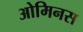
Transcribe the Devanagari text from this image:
ओमिनस